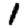
Digit: 1